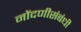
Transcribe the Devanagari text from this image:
नोंदणीसंबंधी